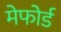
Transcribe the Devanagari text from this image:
मेफोर्ड